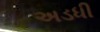
અડધી